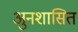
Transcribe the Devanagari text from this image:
अुनशासित